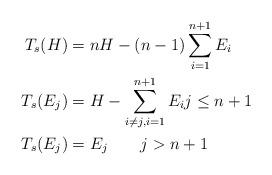
LaTeX: \begin{align*}T_s(H)&=nH-(n-1)\sum_{i=1}^{n+1} E_i\\ T_s(E_j)&=H-\sum_{i\neq j, i=1}^{n+1} E_{i} j\leq n+1\\T_s(E_j)&=E_j \qquad j>n+1\end{align*}